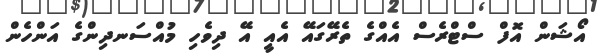
އޯޝަން އޮފް ސްޓްރެސް އެއްގެ ތެރޭގައޭ އެއީ އޭ ދިވެހި މުއްސަނދިންގެ އަންހެން